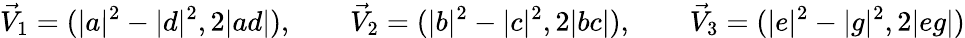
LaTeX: \vec{V}_{1}=(|a|^{2}-|d|^{2},2|ad|),\qquad\vec{V}_{2}=(|b|^{2}-|c|^{2},2|bc|),\qquad\vec{V}_{3}=(|e|^{2}-|g|^{2},2|eg|)